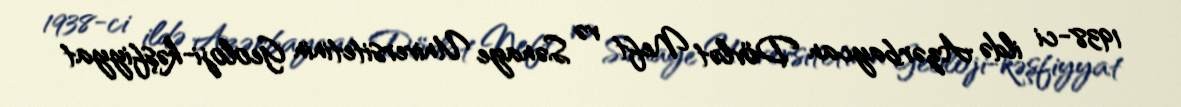
1938-ci ildə Azərbaycan Dövlət Neft və Sənaye Universitetinin Geoloji-kəşfiyyat